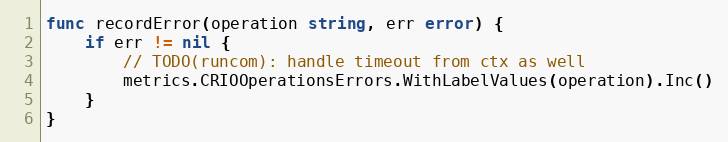
Language: Go
func recordError(operation string, err error) {
	if err != nil {
		// TODO(runcom): handle timeout from ctx as well
		metrics.CRIOOperationsErrors.WithLabelValues(operation).Inc()
	}
}